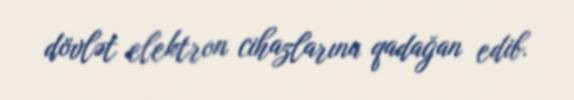
dövlət elektron cihazlarına qadağan edib.